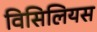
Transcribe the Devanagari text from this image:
विसिलियस